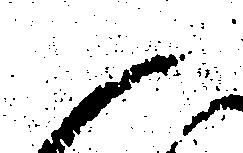
御